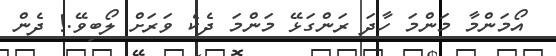
އޯމަންމާ މަންމަ ހާދަ ރަންގަޅޭ މަންމަ ދެކެ ވަރަށް ލޯބިވޭ.! ދެން